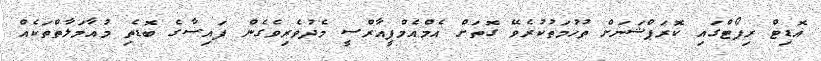
އޮޑިޓް ރިޕޯޓްގައި ކޮރަޕްޝަނަށް ތުހުމަތުކުރެވޭ ގޮތަށް އެމްއެމްޕީއާރްސީ މެދުވެރިވެގެން ފައިސާގެ ބޮޑެތި މުއާމަލާތްތަކެއް